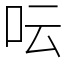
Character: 呍